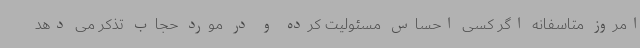
امروز متاسفانه اگر کسی احساس مسئولیت کرده و در مورد حجاب تذکر می دهد